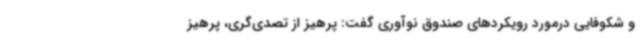
و شکوفایی درمورد رویکردهای صندوق نوآوری گفت: پرهیز از تصدی‌گری، پرهیز